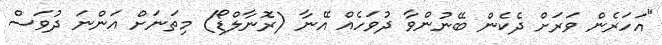
"އަހަރެން ވަރަށް ދެކެން ބޭނުންވާ ދުވަހެއް އޭނާ (ރޮނާލްޑޯ) މިތަނަށް އަންނަ ދުވަސް